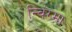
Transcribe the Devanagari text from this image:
न्विंग्मा